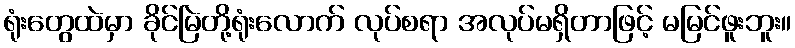
ရုံးတွေထဲမှာ ခိုင်မြဲတို့ရုံးလောက် လုပ်စရာ အလုပ်မရှိတာဖြင့် မမြင်ဖူးဘူး။